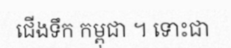
ជើងទឹក កម្ពុជា ។ ទោះជា